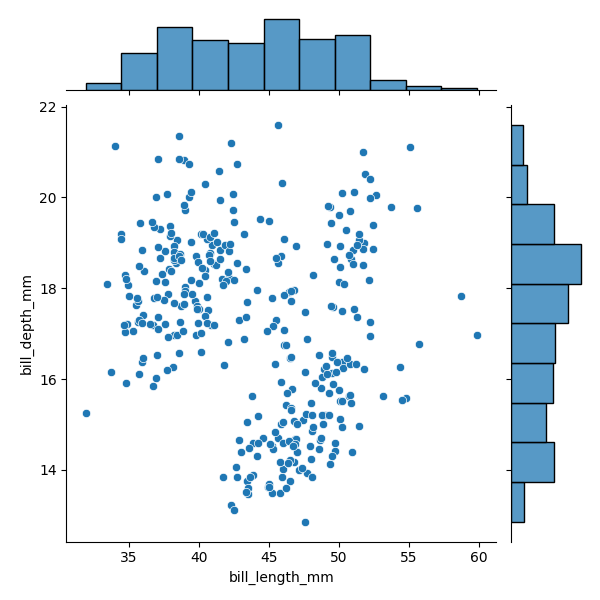
python, seaborn, JointGrid, scatterplot, histplot